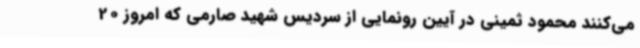
می‌کنند محمود ثمینی در آیین رونمایی از سردیس شهید صارمی که امروز 20